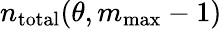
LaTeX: n_{\mathrm{total}}(\theta,m_{\mathrm{max}}-1)